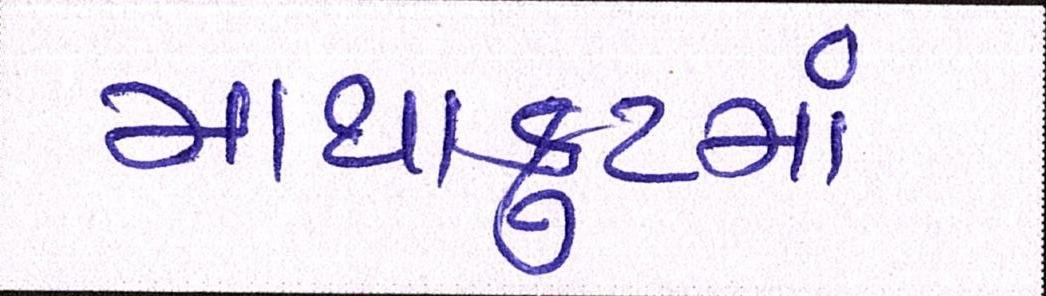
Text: માથાકુટમાં